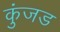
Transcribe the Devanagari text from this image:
कुंजड